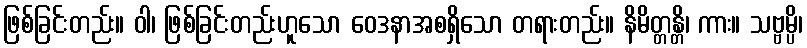
ဖြစ်ခြင်းတည်း။ ဝါ၊ ဖြစ်ခြင်းတည်းဟူသော ဝေဒနာအစရှိသော တရားတည်း။ နိမိတ္တန္တိ၊ ကား။ သဗ္ဗမ္ပိ၊